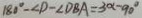
1 8 0 ^ { \circ } - \angle D - \angle D B A = 3 0 ^ { \circ } - 9 0 ^ { \circ }